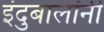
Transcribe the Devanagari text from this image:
इंदुबालांनी